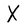
Character: X